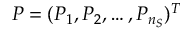
P = ( P _ { 1 } , P _ { 2 } , \ldots , P _ { n _ { S } } ) ^ { T }